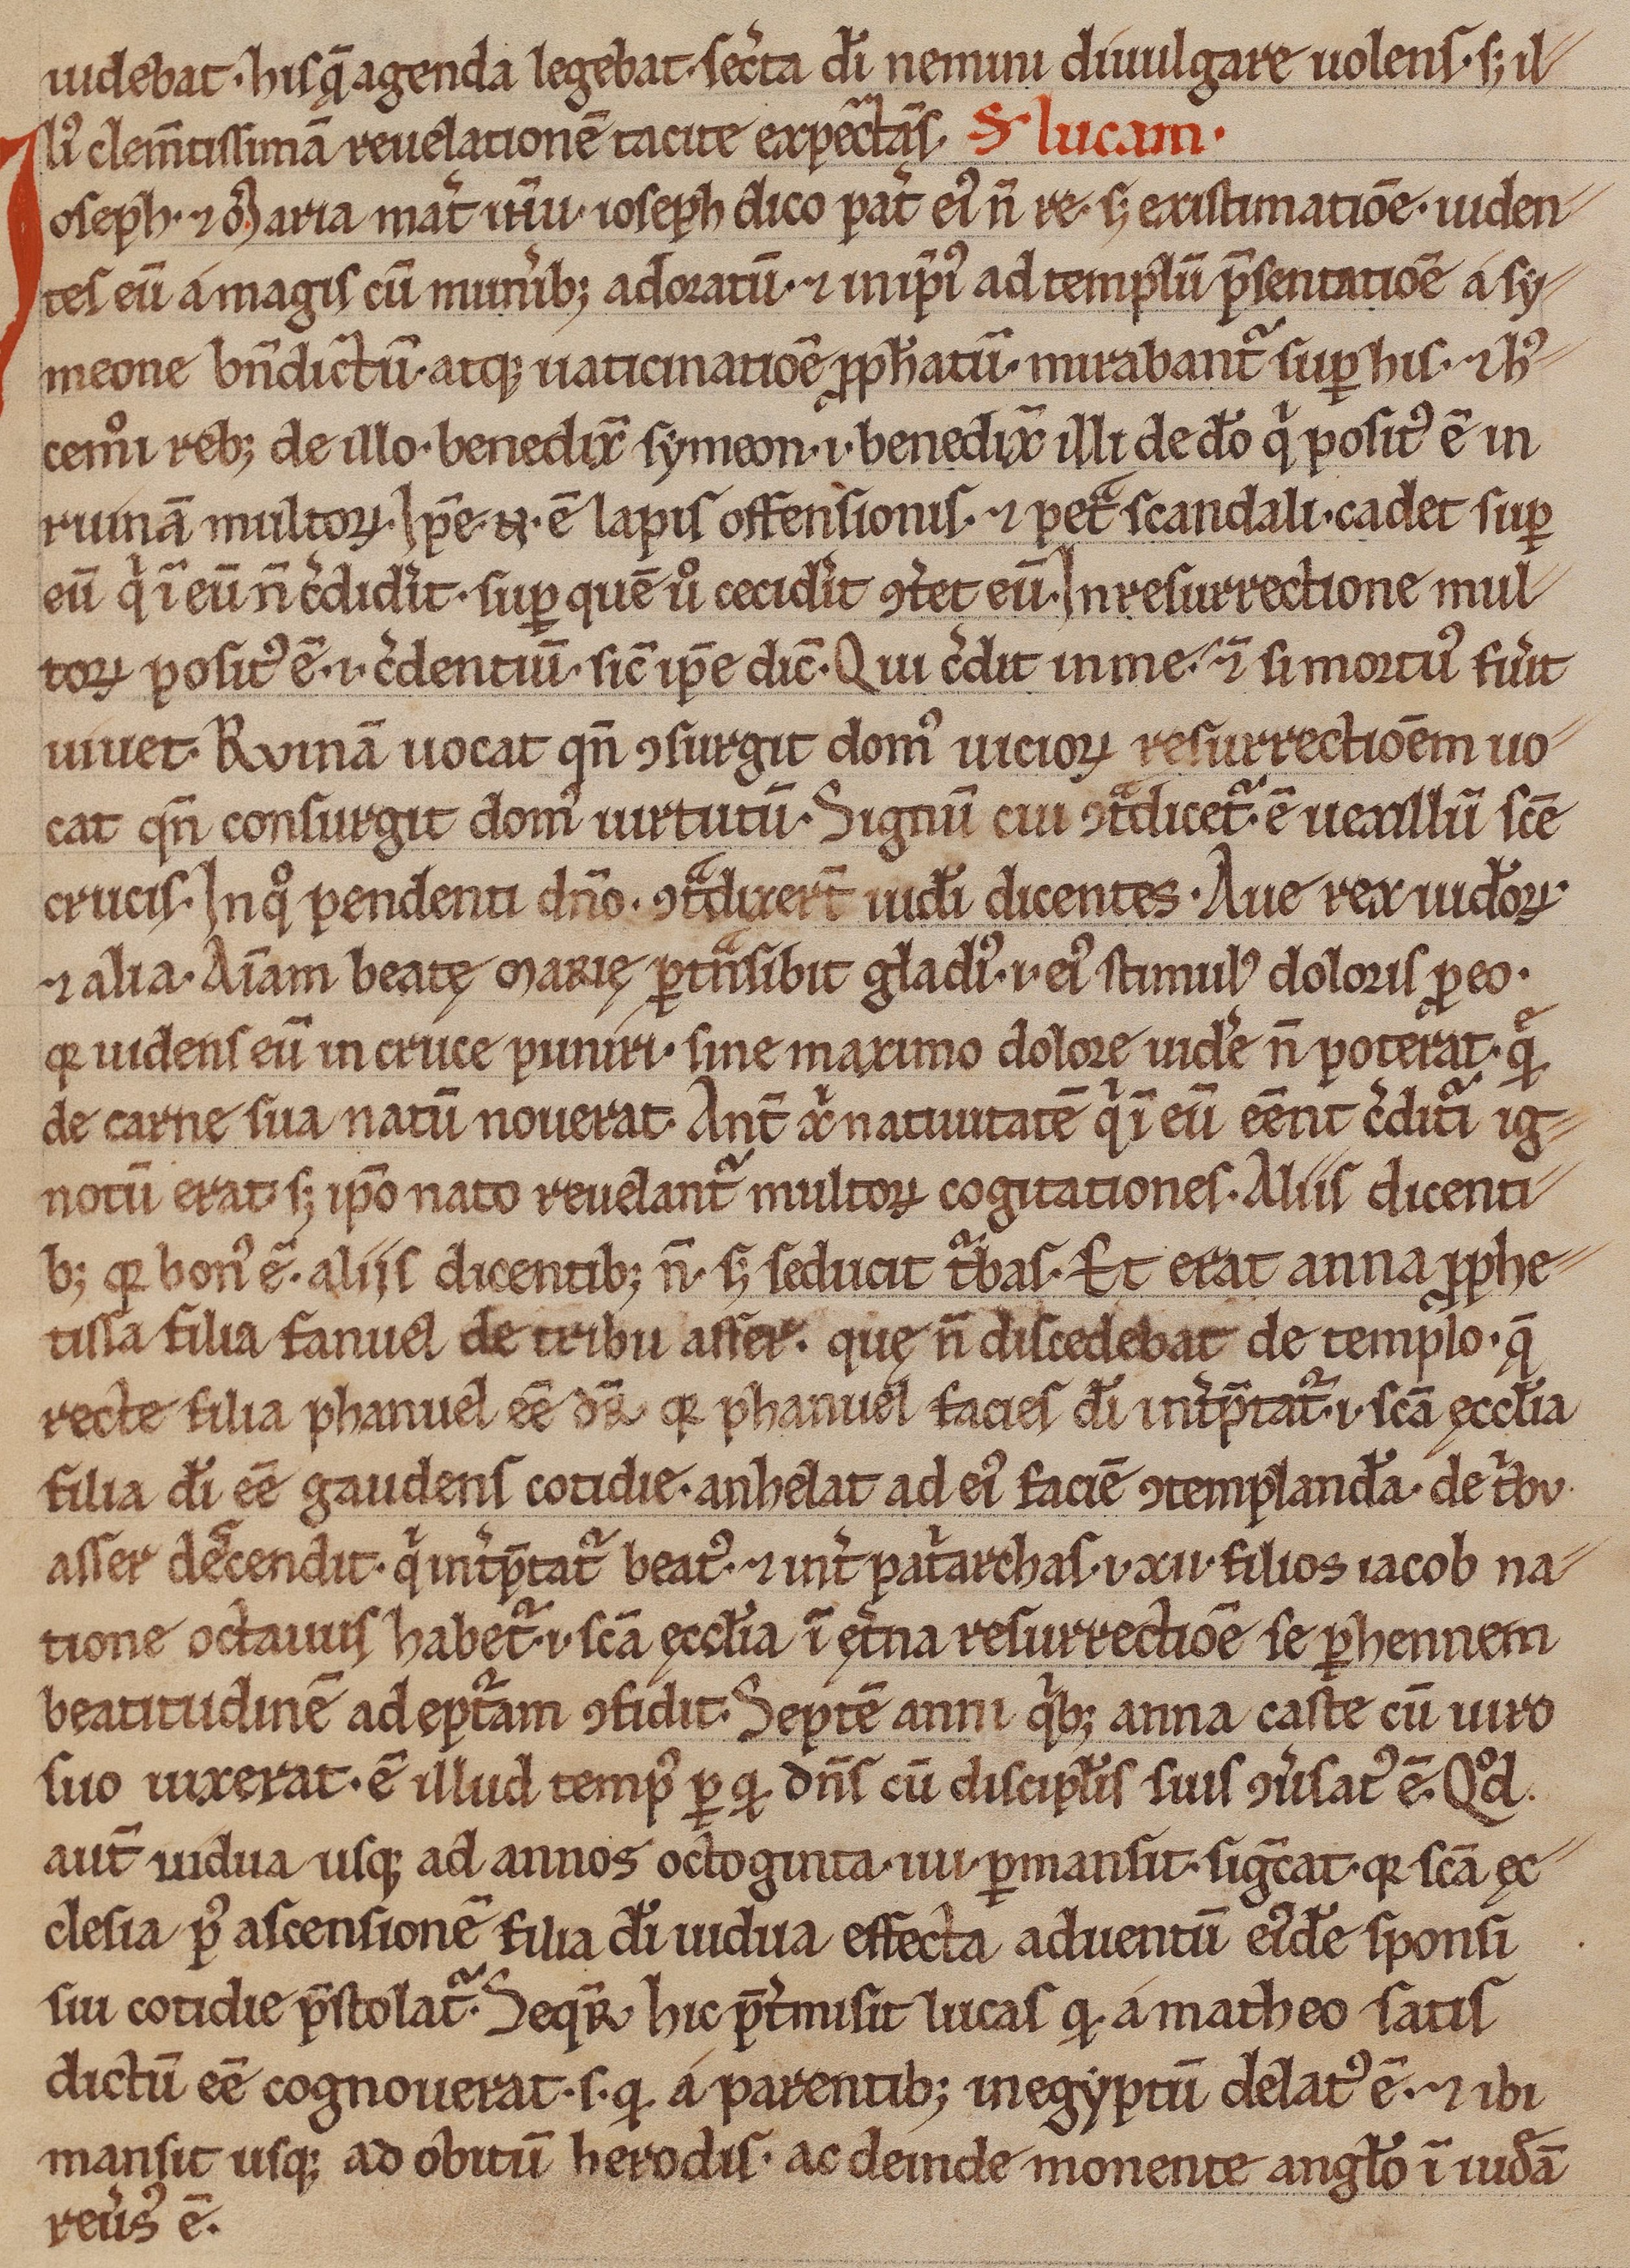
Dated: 1200–1299